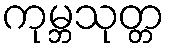
ကုမ္ဘသုတ္တ